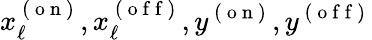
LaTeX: x_{\ell}^{\mathrm{~(~o~n~)~}},x_{\ell}^{\mathrm{~(~o~f~f~)~}},y^{\mathrm{~(~o~n~)~}},y^{\mathrm{~(~o~f~f~)~}}